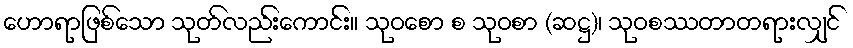
ဟောရာဖြစ်သော သုတ်လည်းကောင်း။ သုဝစော စ သုဝစာ (ဆဋ္ဌ)၊ သုဝစဿတာတရားလျှင်